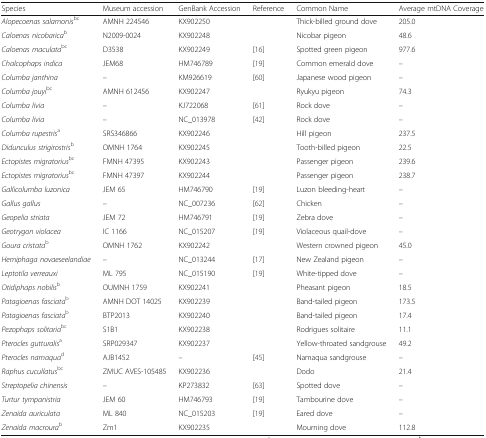
<table><thead><tr><td><b>Species</b></td><td><b>Museum accession</b></td><td><b>GenBank Accession</b></td><td><b>Reference</b></td><td><b>Common Name</b></td><td><b>Average mtDNA Coverage</b></td></tr></thead><tbody><tr><td><i>Alopecoenas salamonis</i><sup>b</sup><sup>c</sup></td><td>AMNH 224546</td><td>KX902250</td><td></td><td>Thick-billed ground dove</td><td>205.0</td></tr><tr><td><i>Caloenas nicobarica</i><sup>b</sup></td><td>N2009-0024</td><td>KX902248</td><td></td><td>Nicobar pigeon</td><td>48.6</td></tr><tr><td><i>Caloenas maculata</i><sup>b</sup><sup>c</sup></td><td>D3538</td><td>KX902249</td><td>[16]</td><td>Spotted green pigeon</td><td>977.6</td></tr><tr><td><i>Chalcophaps indica</i></td><td>JEM68</td><td>HM746789</td><td>[19]</td><td>Common emerald dove</td><td>–</td></tr><tr><td><i>Columba janthina</i></td><td>–</td><td>KM926619</td><td>[60]</td><td>Japanese wood pigeon</td><td>–</td></tr><tr><td><i>Columba jouyi</i><sup>b</sup><sup>c</sup></td><td>AMNH 612456</td><td>KX902247</td><td></td><td>Ryukyu pigeon</td><td>74.3</td></tr><tr><td><i>Columba livia</i></td><td>–</td><td>KJ722068</td><td>[61]</td><td>Rock dove</td><td>–</td></tr><tr><td><i>Columba livia</i></td><td>–</td><td>NC_013978</td><td>[42]</td><td>Rock dove</td><td>–</td></tr><tr><td><i>Columba rupestris</i><sup>a</sup></td><td>SRS346866</td><td>KX902246</td><td></td><td>Hill pigeon</td><td>237.5</td></tr><tr><td><i>Didunculus strigirostris</i><sup>b</sup></td><td>OMNH 1764</td><td>KX902245</td><td></td><td>Tooth-billed pigeon</td><td>22.5</td></tr><tr><td><i>Ectopistes migratorius</i><sup>b</sup><sup>c</sup></td><td>FMNH 47395</td><td>KX902243</td><td></td><td>Passenger pigeon</td><td>239.6</td></tr><tr><td><i>Ectopistes migratorius</i><sup>b</sup><sup>c</sup></td><td>FMNH 47397</td><td>KX902244</td><td></td><td>Passenger pigeon</td><td>238.7</td></tr><tr><td><i>Gallicolumba luzonica</i></td><td>JEM 65</td><td>HM746790</td><td>[19]</td><td>Luzon bleeding-heart</td><td>–</td></tr><tr><td><i>Gallus gallus</i></td><td>–</td><td>NC_007236</td><td>[62]</td><td>Chicken</td><td>–</td></tr><tr><td><i>Geopelia striata</i></td><td>JEM 72</td><td>HM746791</td><td>[19]</td><td>Zebra dove</td><td>–</td></tr><tr><td><i>Geotrygon violacea</i></td><td>IC 1166</td><td>NC_015207</td><td>[19]</td><td>Violaceous quail-dove</td><td>–</td></tr><tr><td><i>Goura cristata</i><sup>b</sup></td><td>OMNH 1762</td><td>KX902242</td><td></td><td>Western crowned pigeon</td><td>45.0</td></tr><tr><td><i>Hemiphaga novaeseelandiae</i></td><td>–</td><td>NC_013244</td><td>[17]</td><td>New Zealand pigeon</td><td>–</td></tr><tr><td><i>Leptotila verreauxi</i></td><td>ML 795</td><td>NC_015190</td><td>[19]</td><td>White-tipped dove</td><td>–</td></tr><tr><td><i>Otidiphaps nobilis</i><sup>b</sup></td><td>OUMNH 1759</td><td>KX902241</td><td></td><td>Pheasant pigeon</td><td>18.5</td></tr><tr><td><i>Patagioenas fasciata</i><sup>b</sup></td><td>AMNH DOT 14025</td><td>KX902239</td><td></td><td>Band-tailed pigeon</td><td>173.5</td></tr><tr><td><i>Patagioenas fasciata</i><sup>b</sup></td><td>BTP2013</td><td>KX902240</td><td></td><td>Band-tailed pigeon</td><td>17.4</td></tr><tr><td><i>Pezophaps solitaria</i><sup>b</sup><sup>c</sup></td><td>S1B1</td><td>KX902238</td><td></td><td>Rodrigues solitaire</td><td>11.1</td></tr><tr><td><i>Pterocles gutturalis</i><sup>a</sup></td><td>SRP029347</td><td>KX902237</td><td></td><td>Yellow-throated sandgrouse</td><td>49.2</td></tr><tr><td><i>Pterocles namaqua</i><sup>d</sup></td><td>AJB1452</td><td>–</td><td>[45]</td><td>Namaqua sandgrouse</td><td>–</td></tr><tr><td><i>Raphus cucullatus</i><sup>b</sup><sup>c</sup></td><td>ZMUC AVES-105485</td><td>KX902236</td><td></td><td>Dodo</td><td>21.4</td></tr><tr><td><i>Streptopelia chinensis</i></td><td>–</td><td>KP273832</td><td>[63]</td><td>Spotted dove</td><td>–</td></tr><tr><td><i>Turtur tympanistria</i></td><td>JEM 60</td><td>HM746793</td><td>[19]</td><td>Tambourine dove</td><td>–</td></tr><tr><td><i>Zenaida auriculata</i></td><td>ML 840</td><td>NC_015203</td><td>[19]</td><td>Eared dove</td><td>–</td></tr><tr><td><i>Zenaida macroura</i><sup>b</sup></td><td>Zm1</td><td>KX902235</td><td></td><td>Mourning dove</td><td>112.8</td></tr></tbody></table>